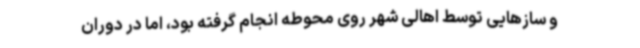
و سازهایی توسط اهالی شهر روی محوطه انجام گرفته بود، اما در دوران